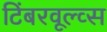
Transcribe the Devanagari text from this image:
टिंबरवूल्व्स